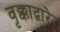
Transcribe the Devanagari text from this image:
वृक्काद्वारे